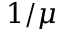
1 / \mu